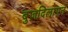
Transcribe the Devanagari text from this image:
बुज़दिलापन